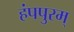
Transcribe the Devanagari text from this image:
हंपपुरम्